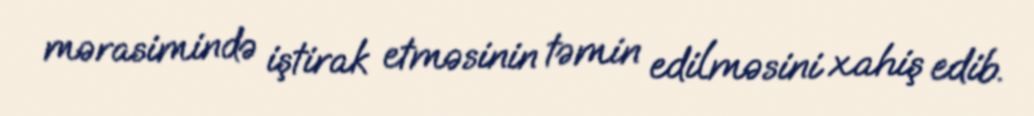
mərasimində iştirak etməsinin təmin edilməsini xahiş edib.